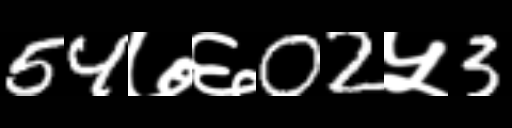
Text: 54७६02५3